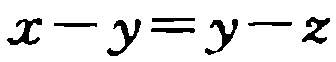
\(x - y = y - z\)